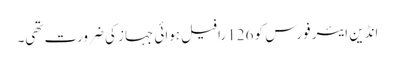
انڈین ایئر فورس کو 126 رافیل ہوائی جہاز کی ضرورت تھی۔